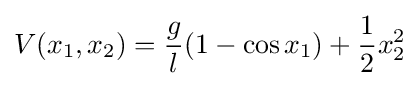
V(x_{1},x_{2})={\frac {g}{l}}(1-\cos x_{1})+{\frac {1}{2}}x_{2}^{2}